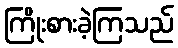
ကြိုးစားခဲ့ကြသည်